Annual statistical returns and brief notes on vaccination in Bengal - 1909-1929
Year: 1909
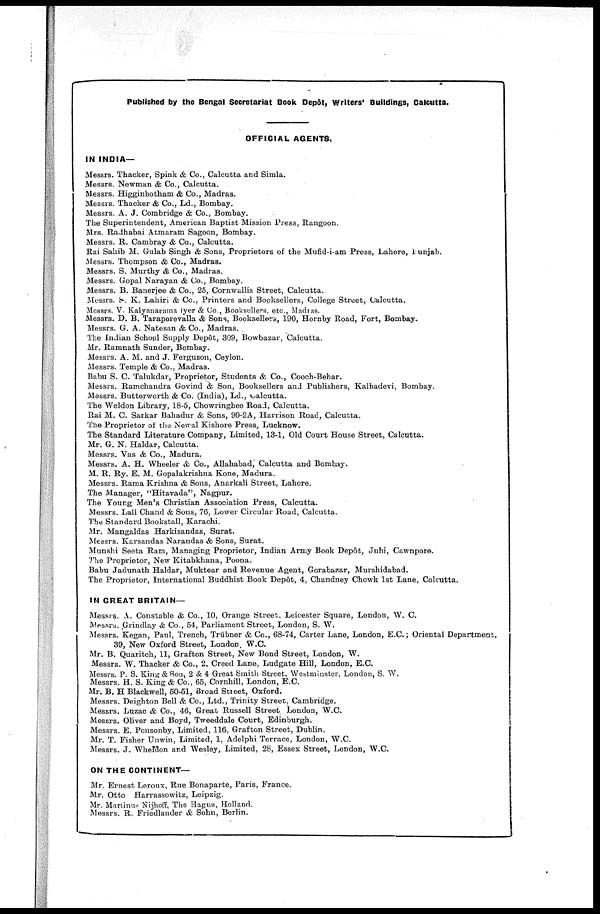
Published by the Bengal Secretariat Book Depôt, Writers' Buildings, Calcutta.
OFFICIAL AGENTS.
IN INDIA—
Messrs. Thacker, Spink & Co., Calcutta and Simla.
Messrs. Newman & Co., Calcutta.
Messrs. Higginbotham & Co., Madras.
Messrs. Thacker & Co., Ld., Bombay.
Messrs. A. J. Combridge & Co., Bombay.
The Superintendent, American Baptist Mission Press, Rangoon.
Mrs. Radhabai Atmaram Sagoon, Bombay.
Messrs. R. Cambray & Co., Calcutta.
Rai Sahib M. Gulab Singh & Sons, Proprietors of the Mufid-i-am Press, Lahore, Punjab.
Messrs. Thompson & Co., Madras.
Messrs. S. Murthy & Co., Madras.
Messrs. Gopal Narayan & Co., Bombay.
Messrs. B. Banerjee & Co., 25, Cornwallis Street, Calcutta.
Messrs. S. K. Lahiri & Co., Printers and Booksellers, College Street, Calcutta.
Messrs. V. Kalyanarama Iyer & Co., Booksellers, etc., Madras.
Messrs. D. B. Taraporevalla & Sons, Booksellers, 190, Hornby Road, Fort, Bombay.
Messrs. G. A. Natesan & Co., Madras.
The Indian School Supply Depôt, 309, Bowbazar, Calcutta.
Mr. Ramnath Sunder, Bombay.
Messrs. A. M. and J. Ferguson, Ceylon.
Messrs. Temple & Co., Madras.
Babu S. C. Talukdar, Proprietor, Students & Co., Cooch-Behar.
Messrs. Ramchandra Govind & Son, Booksellers and Publishers, Kalbadevi, Bombay.
Messrs. Butterworth & Co. (India), Ld., Calcutta.
The Weldon Library, 18-5, Chowringhee Road, Calcutta.
Rai M. C. Sarkar Bahadur & Sons, 90-2A, Harrison Road, Calcutta.
The Proprietor of the Newal Kishore Press, Lucknow.
The Standard Literature Company, Limited, 13-1, Old Court House Street, Calcutta.
Mr. G. N. Haldar, Calcutta.
Messrs. Vas & Co., Madura.
Messrs. A. H. Wheeler & Co., Allahabad, Calcutta and Bombay.
M. R. Ry. E. M. Gopalakrishna Kone, Madura.
Messrs. Rama Krishna & Sons, Anarkali Street, Lahore.
The Manager, "Hitavada", Nagpur.
The Young Men's Christian Association Press, Calcutta.
Messrs. Lall Chand & Sons, 76, Lower Circular Road, Calcutta.
The Standard Bookstall, Karachi.
Mr. Mangaldas Harkisandas, Surat.
Messrs. Karsandas Narandas & Sons, Surat.
Munshi Seeta Ram, Managing Proprietor, Indian Army Book Depôt, Juhi, Cawnpore.
The Proprietor, New Kitabkhana, Poona.
Babu Jadunath Haldar, Muktear and Revenue Agent, Gorabazar, Murshidabad.
The Proprietor, International Buddhist Book Depôt, 4, Chandney Chowk 1st Lane, Calcutta.
IN GREAT BRITAIN—
Messrs. A. Constable & Co., 10, Orange Street, Leicester Square, London, W. C.
Messrs. Grindlay & Co., 54, Parliament Street, London, S. W.
Messrs. Kegan, Paul, Trench, Trübner & Co., 68-74, Carter Lane, London, E.C.; Oriental Department,
39, New Oxford Street, London, W.C.
Mr. B. Quaritch, 11, Grafton Street, New Bond Street, London, W.
Messrs. W. Thacker & Co., 2, Creed Lane, Ludgate Hill, London, E.C.
Messrs. P. S. King & Son, 2 & 4 Great Smith Street, Westminster, London, S. W.
Messrs. H. S. King & Co., 65, Cornhill, London, E.C.
Mr. B. H Blackwell, 50-51, Broad Street, Oxford.
Messrs. Deighton Bell & Co., Ltd., Trinity Street, Cambridge.
Messrs. Luzac & Co., 46, Great Russell Street London, W.C.
Messrs. Oliver and Boyd, Tweeddale Court, Edinburgh.
Messrs. E. Ponsonby, Limited, 116, Grafton Street, Dublin.
Mr. T. Fisher Unwin, Limited, 1, Adelphi Terrace, London, W.C.
Messrs. J. Wheldon and Wesley, Limited, 28, Essex Street, London, W.C.
ON THE CONTINENT—
Mr. Ernest Leroux, Rue Bonaparte, Paris, France.
Mr. Otto Harrassowitz, Leipzig.
Mr. Martinus Nijhoff, The Hague, Holland.
Messrs. R. Friedlander & Sohn, Berlin.